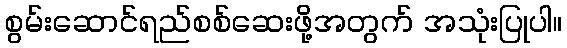
စွမ်းဆောင်ရည်စစ်ဆေးဖို့အတွက် အသုံးပြုပါ။